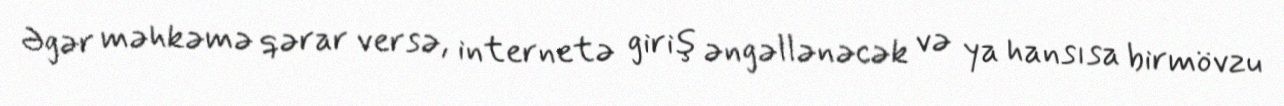
Əgər məhkəmə qərar versə, internetə giriş əngəllənəcək və ya hansısa birmövzu